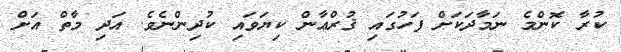
ކުރާ ކޮންމެ ނަމާދަކަށް ފަހުގައި ޤުރްޢާން ކިޔަވައި ކުދިންނެވެ. އަދި މާތް އަށް